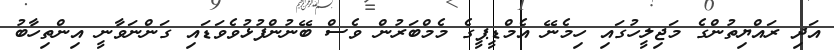
އަދި ރައްޔިތުންގެ މަޖިލީހުގައި ހިމެނޭ އެމްޑީޕީގެ މެމްބަރުން ވެސް ބޭނުންފުޅުވެވަޑައި ގަންނަވާނީ އިންތިހާބު